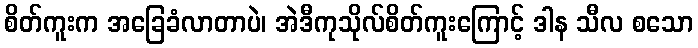
စိတ်ကူးက အခြေခံလာတာပဲ၊ အဲဒီကုသိုလ်စိတ်ကူးကြောင့် ဒါန သီလ စသော